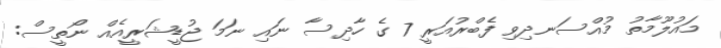
މައުލޫމާތު މުއްސަނދިވި ފެބްރުއަރީ 7 ގެ ހާދިސާ ނައި ނަމަ ޖުޑީޝަރީއެއް ނޯތީސް: